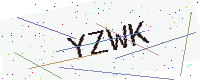
Text: YZWK